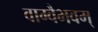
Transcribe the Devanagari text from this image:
वाग्वैभवम्